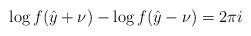
\begin{align*}\log f(\hat{y}+\nu )-\log f(\hat{y}-\nu )=2\pi i\protect\end{align*}